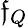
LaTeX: \mathfrak{f}_{Q}